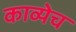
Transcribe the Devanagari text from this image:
काव्येच